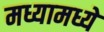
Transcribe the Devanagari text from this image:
मध्यामध्ये